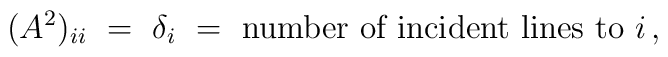
(A^2)_{ii} ~=~ \delta_i ~=~                \mbox{number of incident lines to $i$} \, ,